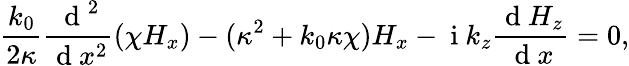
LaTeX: \frac{k_{0}}{2\kappa}\frac{\mathrm{~d~}^{2}}{\mathrm{~d~}x^{2}}(\chi H_{x})-(\kappa^{2}+k_{0}\kappa\chi)H_{x}-\mathrm{~i~}k_{z}\frac{\mathrm{~d~}H_{z}}{\mathrm{~d~}x}=0,